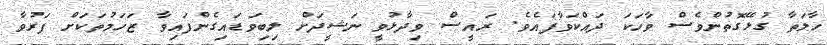
ހާލަތާ ގުޅޭގޮތުންވެސް ވާހަކަ ދައްކަވާފައެވެ. ރައީސް ވިދާޅުވީ ނަޝީދަށް ލިބިވަޑައިގެންފައިވާ ޒަހަމުތަކަށް ފަރުވާ